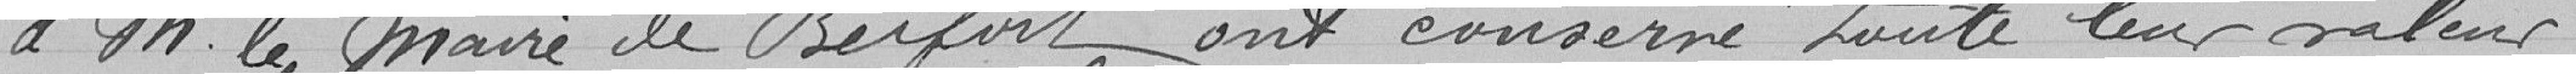
à Monsieur le Maire de Belfort ont conservé toute leur valeur.